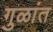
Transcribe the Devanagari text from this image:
गुळांत